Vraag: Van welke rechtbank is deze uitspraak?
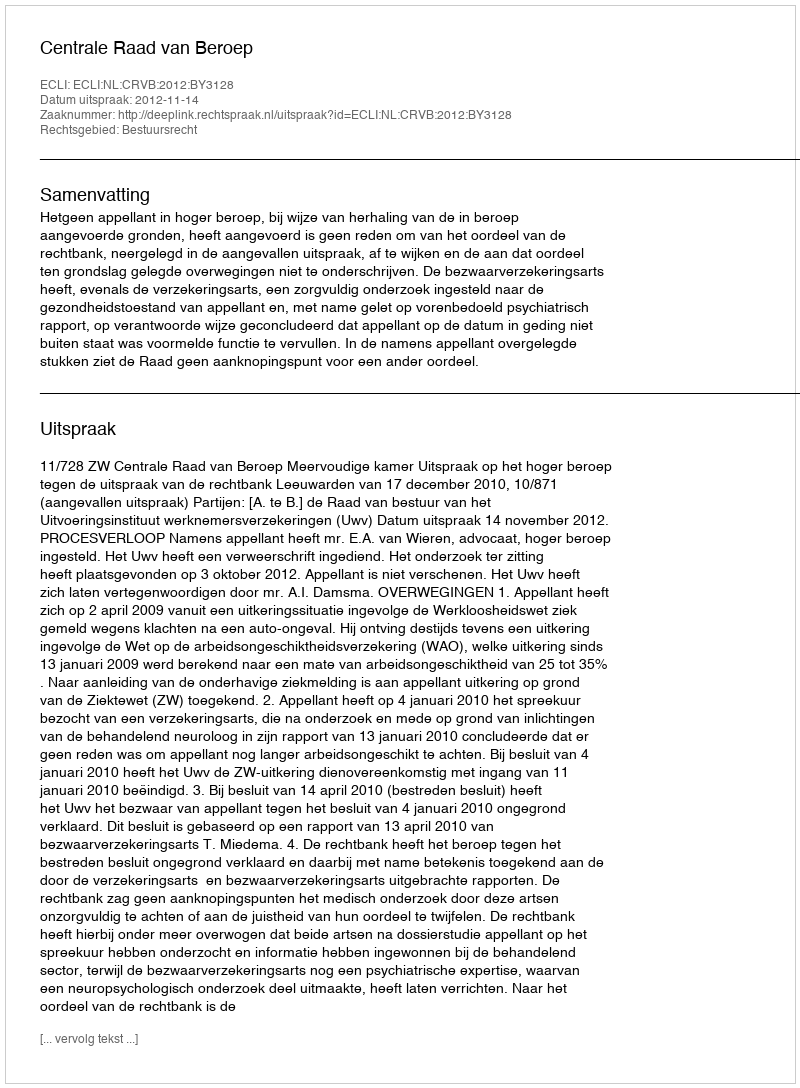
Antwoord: Centrale Raad van Beroep